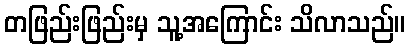
တဖြည်းဖြည်းမှ သူ့အကြောင်း သိလာသည်။